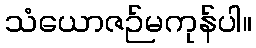
သံယောဇဉ်မကုန်ပါ။